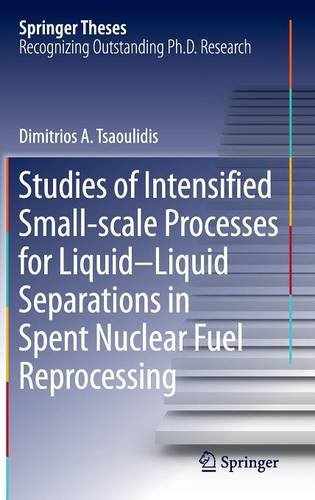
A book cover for Studies of Intensified Small-scale Processes for Liquid-Liquid Separations in  Spent Nuclear Fuel Reprocessing (Springer Theses); Dimitrios A. Tsaoulidis; Science & Math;